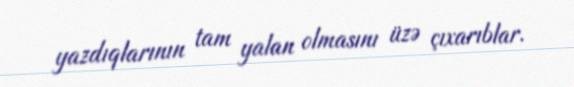
yazdıqlarının tam yalan olmasını üzə çıxarıblar.